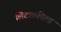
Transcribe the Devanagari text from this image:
लिटलफील्ड